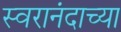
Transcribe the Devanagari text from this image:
स्वरानंदाच्या